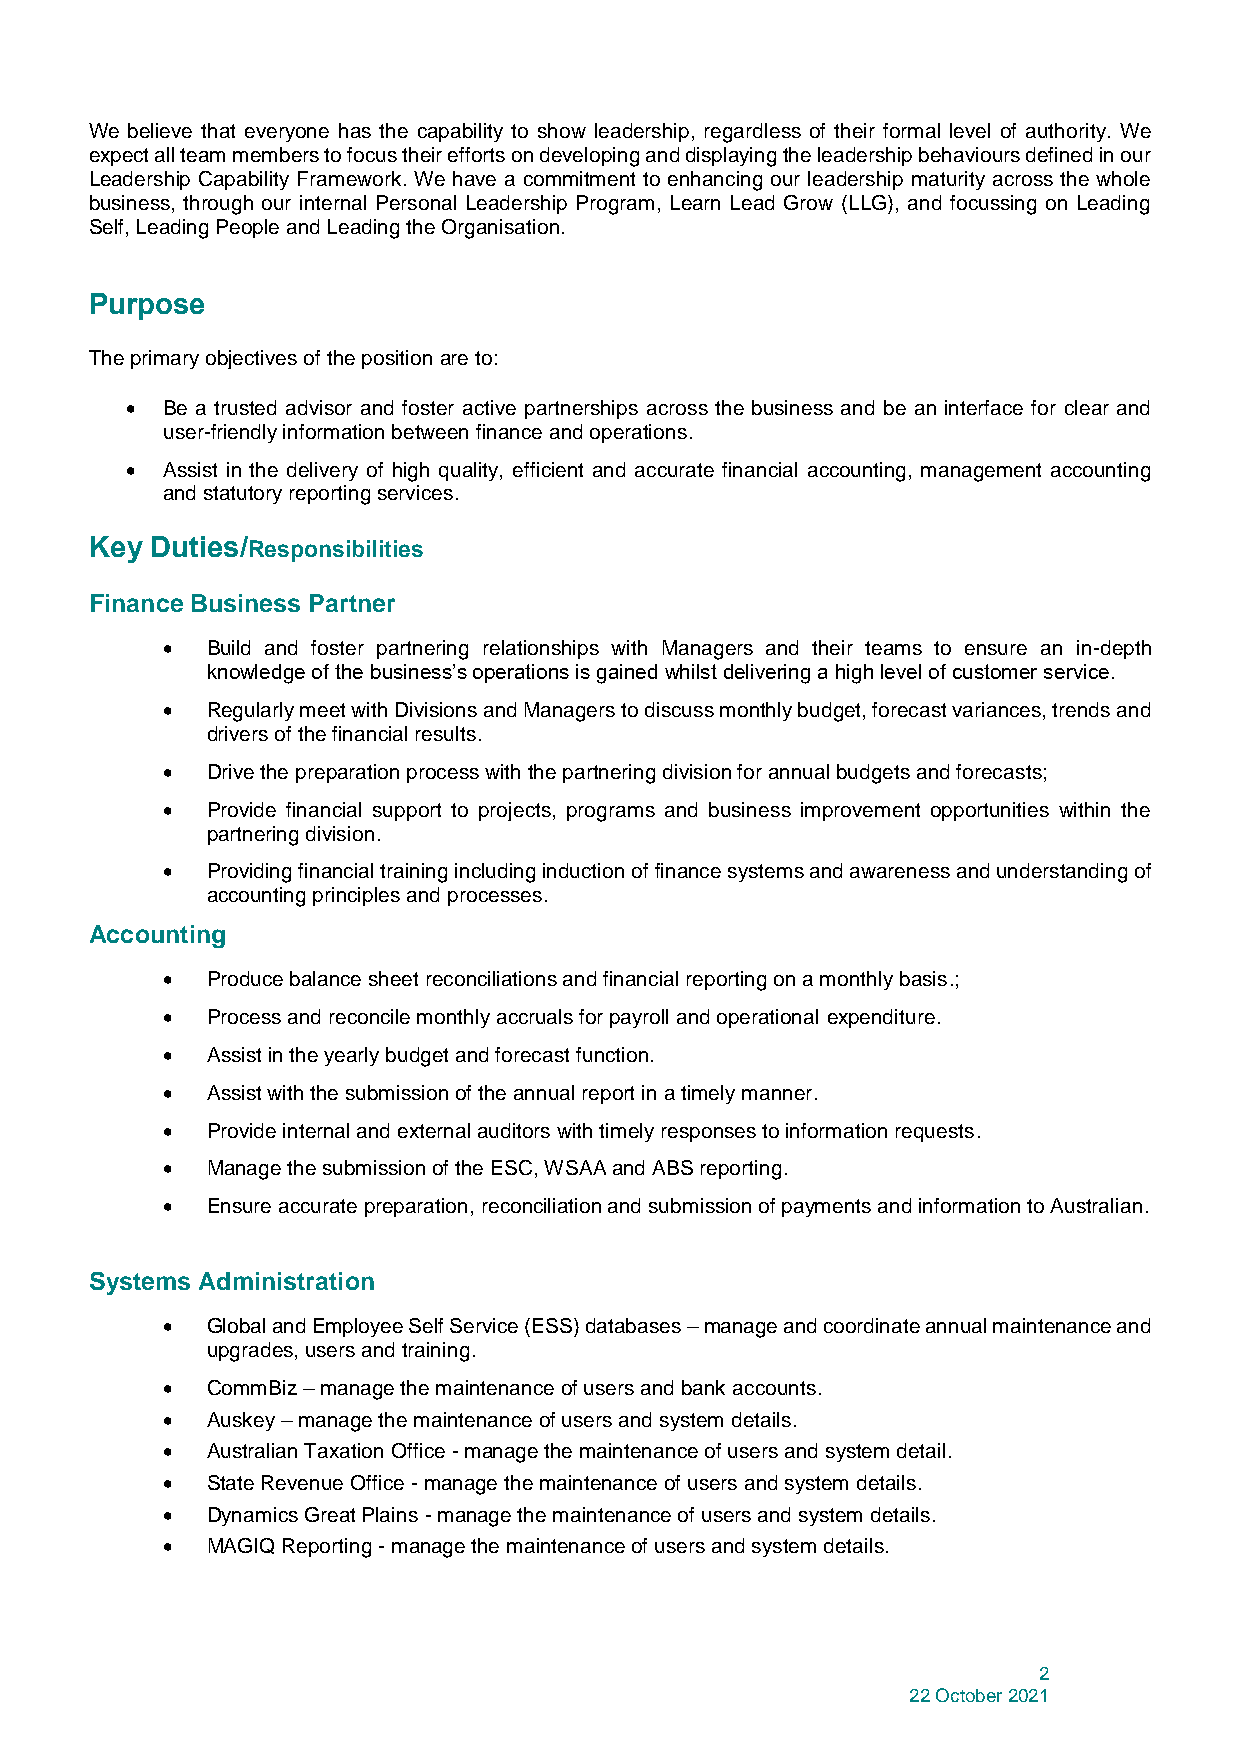
We believe that everyone has the capability to show leadership, regardless of their formal level of authority. We
 expect all team members to focus their efforts on developing and displaying the leadership behaviours defined in our
 Leadership Capability Framework. We have a commitment to enhancing our leadership maturity across the whole
 business, through our internal Personal Leadership Program, Learn Lead Grow (LLG), and focussing on Leading
 Self, Leading People and Leading the Organisation.
 Purpose
 The primary objectives of the position are to:
 •  Be a trusted advisor and foster active partnerships across the business and be an interface for clear and
 user-friendly information between finance and operations.
 •  Assist in the delivery of high quality, efficient and accurate financial accounting, management accounting
 and statutory reporting services.
 Key Duties/Responsibilities
 Finance Business Partner
 •  Build and foster partnering relationships with Managers and their teams to ensure an in-depth
 knowledge of the business’s operations is gained whilst delivering a high level of customer service.
 •  Regularly meet with Divisions and Managers to discuss monthly budget, forecast variances, trends and
 drivers of the financial results.
 •  Drive the preparation process with the partnering division for annual budgets and forecasts;
 •  Provide financial support to projects, programs and business improvement opportunities within the
 partnering division.
 •  Providing financial training including induction of finance systems and awareness and understanding of
 accounting principles and processes.
 Accounting
 •  Produce balance sheet reconciliations and financial reporting on a monthly basis.;
 •  Process and reconcile monthly accruals for payroll and operational expenditure.
 •  Assist in the yearly budget and forecast function.
 •  Assist with the submission of the annual report in a timely manner.
 •  Provide internal and external auditors with timely responses to information requests.
 •  Manage the submission of the ESC, WSAA and ABS reporting.
 •  Ensure accurate preparation, reconciliation and submission of payments and information to Australian.
 Systems Administration
 •  Global and Employee Self Service (ESS) databases – manage and coordinate annual maintenance and
 upgrades, users and training.
 •  CommBiz – manage the maintenance of users and bank accounts.
 •  Auskey – manage the maintenance of users and system details.
 •  Australian Taxation Office - manage the maintenance of users and system detail.
 •  State Revenue Office - manage the maintenance of users and system details.
 •  Dynamics Great Plains - manage the maintenance of users and system details.
 •  MAGIQ Reporting - manage the maintenance of users and system details.
 2
 22 October 2021